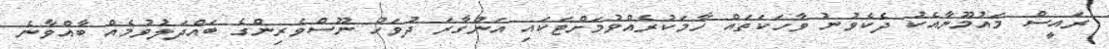
ރައީސް މައުމޫނާއެކު ދެކެވުނު ވާހަކަތައް ހާމަކުރެއްވުމަށްޓަކައި އަންގާރަ ދުވަހު ނޫސްވެރިންގެ ބައްދަލުވުމެއް ބާއްވާނެ